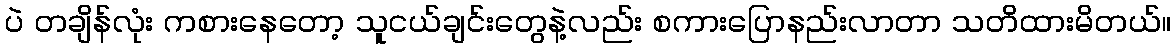
ပဲ တချိန်လုံး ကစားနေတော့ သူငယ်ချင်းတွေနဲ့လည်း စကားပြောနည်းလာတာ သတိထားမိတယ်။